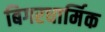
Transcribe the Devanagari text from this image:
बिगरधार्मिक